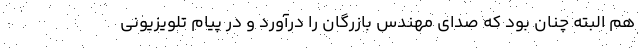
هم البته چنان بود که صدای مهندس بازرگان را درآورد و در پیام تلویزیونی